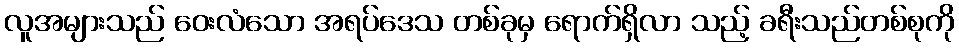
လူအများသည် ဝေးလံသော အရပ်ဒေသ တစ်ခုမှ ရောက်ရှိလာ သည့် ခရီးသည်တစ်စုကို